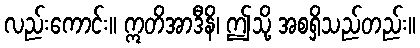
လည်းကောင်း။ ဣတိအာဒီနိ၊ ဤသို့ အစရှိသည်တည်း။